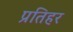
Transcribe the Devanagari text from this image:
प्रतिहर